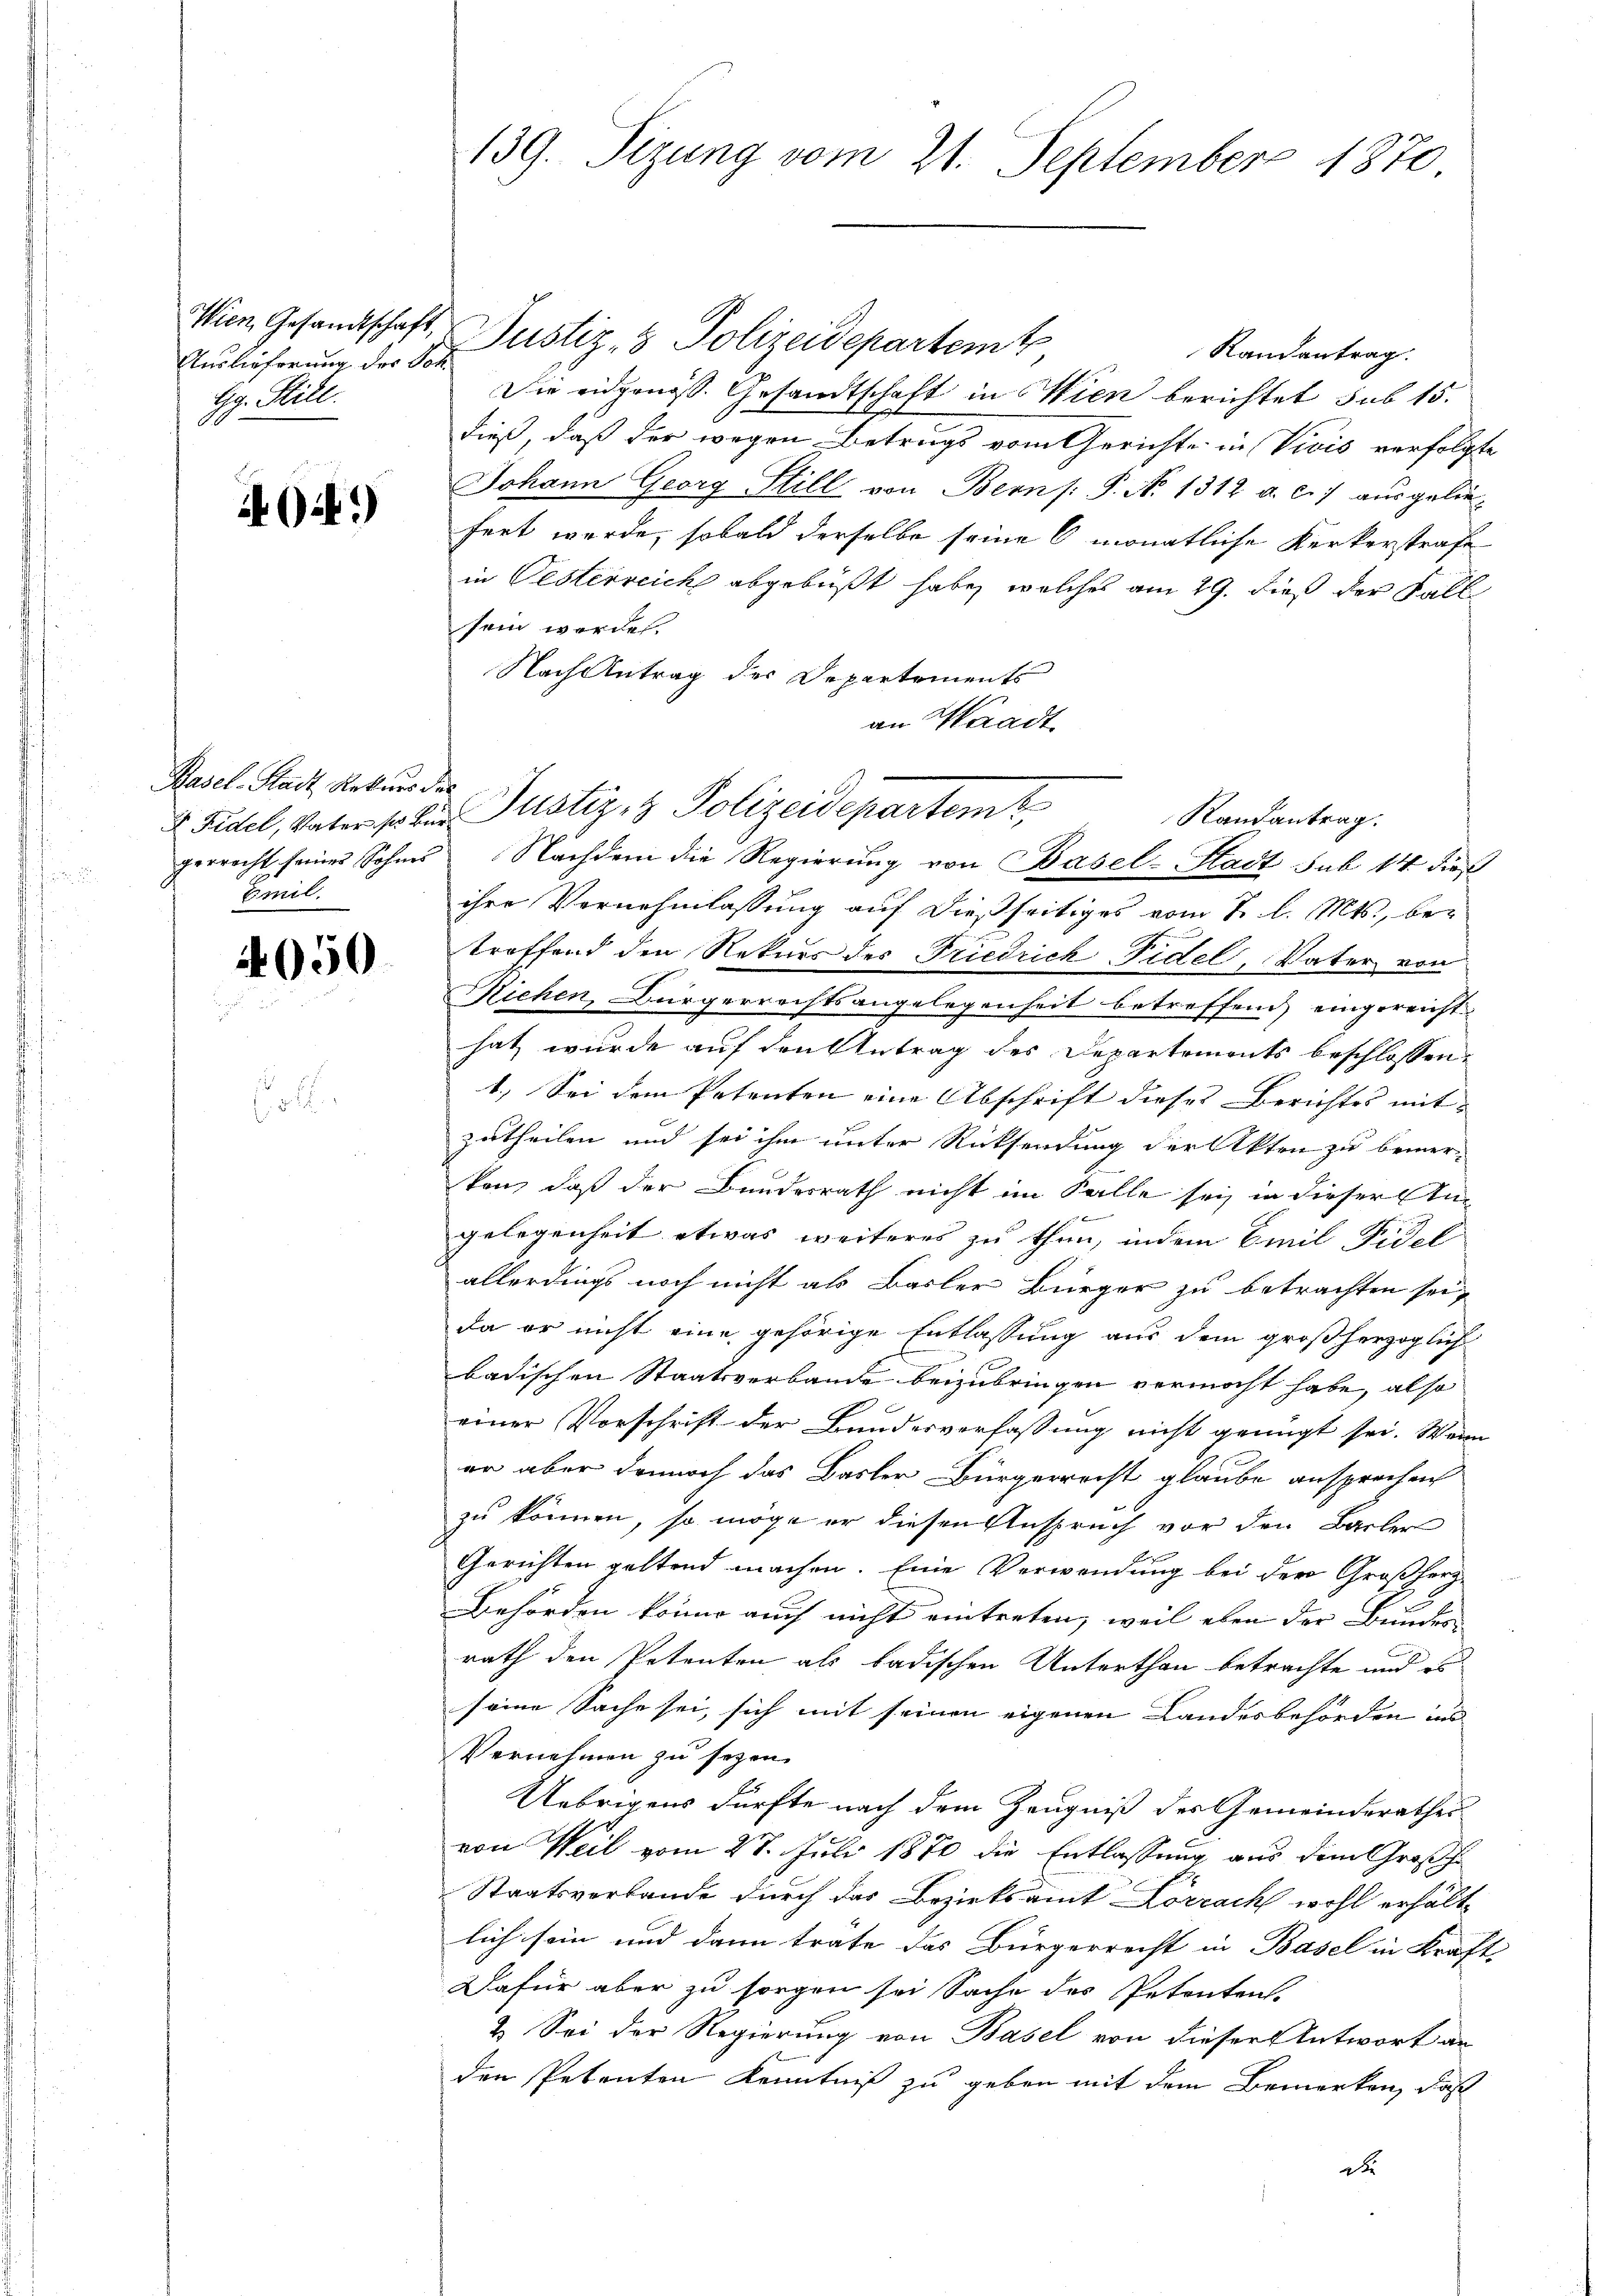
Auslieferung der Soh
Gg. Still.

64.)

Basel-Stadt Rekurs des
Eml.

4050

.

139. Sizung vom 21. September 1870

Wien Gesandtschaft, Justiz- & Polizeidepartemt
Randantrag.
Die eidgenöss. Gesandtschaft in Wien berichtet sub 15.
dieß, daß der wegen Betrugs vom Gerichte in Vivis verfolgte
Johann Georg Still von Berns: P. N. 1312 a. c. 7 ausgelie-
fert werde, sobald derselbe seine 6 monatliche Kerkerstrafe
in Oesterreich abgebüßt habe, welches am 29. dieß der Fall
sein werde.
Nach Antrag des Departements
an Waadt
gerrecht seines Sohnes Nachdem die Regierŭng von Basel-Stadt sub 14 dies
ihre Vernehmlassung auf dießseitiges vom 8. l. Mts., be-
troffend den Rekurs des Friedrich Fidel, Vater von
Richen, Bürgerrechtsangelegenheit betreffend eingereicht
hat, wurde auf den Antrag des Departements beschlossen,
1.) Sei dem Petenten eine Abschrift dieses Berichtes mit
zutheilen und sei ihm unter Rücksendung der Akten zu bemer-
kon, daß der Bundesrath nicht im Falle sei, in dieser An-
e
gelegenheit etwas weiteres zu thun, indem Emil Fidel
allerdings noch nicht als Basler Bürger zu betrachten sei,
da er nicht eine gehörige Entlassung aus dem großherzoglich
badischen Staatsverbande beizubringen vermocht habe, also
einer Vorschrift der Bundesverfassung nicht genügt sei. Wenn
er aber dennoch das Basler Bürgerrecht glaube ansprechen
zu können, so möge er diesen Anspruch vor den Basler
e
Gerichten geltend machen. Eine Verwendung bei der Großherz-
Behörden könne auch nicht eintreten, weil eben der Bundes
rath den Petenten als badischen Unterthan betrachte und es
seine Sache sei, sich mit seinen eigenen Landesbehörden und
Vernehmen zu sezen.
Uebrigens dürfte nach dem Zeugniß des Gemeinderathes
von Weil vom 28. Juli 1870 die Entlassung aus dem Großh.
Staatsverbande durch das Bezirksamt Lörrach wohl erhält-
lich sein und dann träte das Bürgerrecht in Basel in Kraft
Dafür aber zu sorgen sei Sache des Petenten-
2. Sei der Regierung von Basel von dieser Antwort an
den Petenten Kenntniß zu geben mit dem Bemerken, daß
d

Fidel, Vater so vier Justiz & Polizeidepartem
Randantrag.